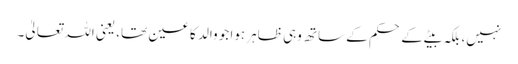
نہیں، بلکہ بیٹے کے حکم کے ساتھ وہی ظاہر ہوا جو والد کا عین تھا، یعنی اللہ تعالیٰ۔